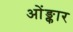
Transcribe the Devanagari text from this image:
ओंङ्कार